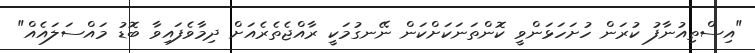
"އިސްތިއުނާފު ކުރަން ހުށަހަޅަންވީ ކޮންތަނަކަށްކަން ނޭނގުމަކީ ރާއްޖެތެރެއަށް ދިމާވެފައިވާ ބޮޑު މައްސަލައެއް"